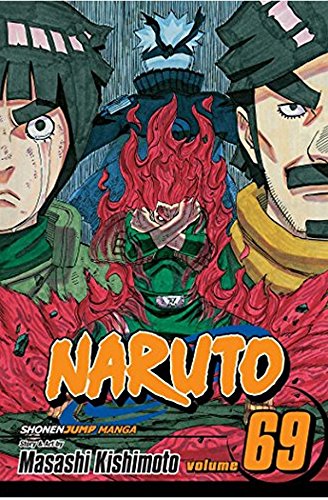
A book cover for Naruto, Vol. 69; Masashi Kishimoto; Comics & Graphic Novels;